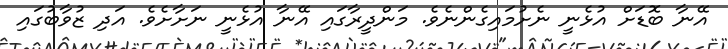
އޭނާ ބޮޑަށް އުޅެނީ ނެށުމައިގެންނެވެ. މަންދީރާގައި އޭނާ އުޅެނީ ނަށާށެވެ. އަދި ޒުވާބުގައި